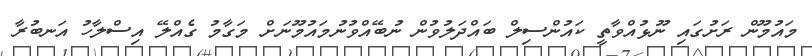
މައުމޫން ރަށުގައި ނޫޅުއްވާތީ ކައުންސިލް ބައްދަލުވުން ނުބޭއްވުނުމައުމޫނަށް މަގާމު ގެއްލޭ އިސްލާހު އަނބުރާ